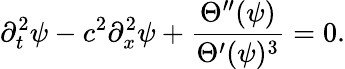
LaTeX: \partial_{t}^{2}\psi-c^{2}\partial_{x}^{2}\psi+\frac{\Theta^{\prime\prime}(\psi)}{\Theta^{\prime}(\psi)^{3}}=0.